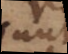
sunt